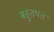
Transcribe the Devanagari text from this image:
बहुतयत